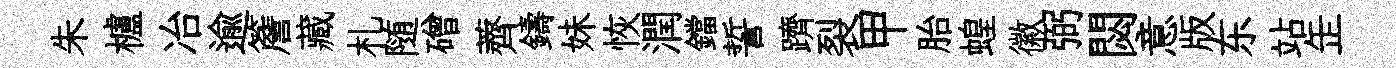
朱櫨冶逾簷藏札随磳薺鑄妹恢潤鐺誓躋裂甲胎蝗徽弼閟意版东站𦈢